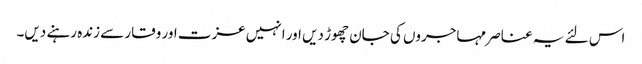
اس لئے یہ عناصر مہاجروں کی جان چھوڑ دیں اور انہیں عزت اور وقار سے زندہ رہنے دیں۔